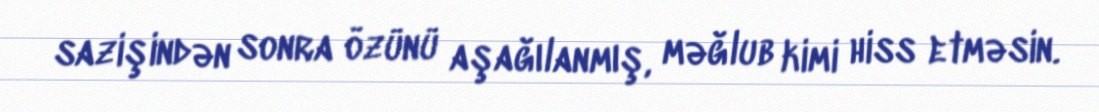
sazişindən sonra özünü aşağılanmış, məğlub kimi hiss etməsin.